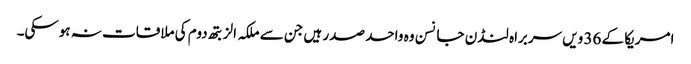
امریکا کے 36 ویں سربراہ لنڈن جانسن وہ واحد صدر ہیں جن سے ملکہ الزبتھ دوم کی ملاقات نہ ہوسکی۔